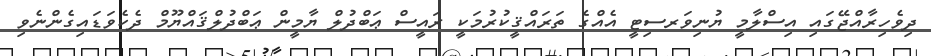
ދިވެހިރާއްޖޭގައި އިސްލާމީ ޔުނިވަރސިޓީ އެއްގެ ތަރައްޤީކުރުމަކީ ރައީސް ޢަބްދުލް ޔާމީން ޢަބްދުލްޤައްޔޫމް ދެކެވަޑައިގެންނެވި